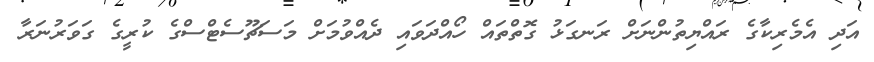
އަދި އެމެރިކާގެ ރައްޔިތުންނަށް ރަނގަޅު ގޮތްތައް ހޯއްދަވައި ދެއްވުމަށް މަސަޗޫސެޓްސްގެ ކުރީގެ ގަވަރުނަރާ